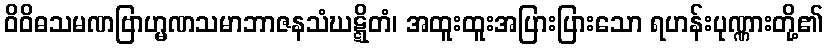
ဝိဝိဓသမဏဗြာဟ္မဏသမာဘာဇနသံဃဋ္ဋိတံ၊ အထူးထူးအပြားပြားသော ရဟန်းပုဏ္ဏားတို့၏